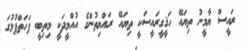
ރައީސް ޔާމީނު ތިޔައޭ ހަޤީގީރައީސަކީ ތިޔައޭ ރައްޔިތުންގެ އުއްމީދަކީ މިތިބީ ފަހަތްޕުޅުގަ